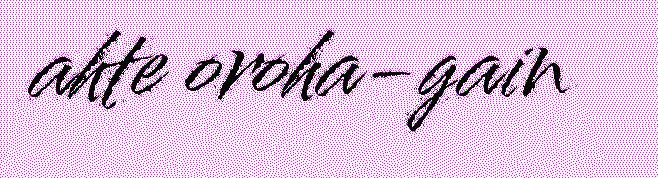
ahte oroha-gain